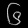
Digit: ၆